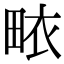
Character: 畩